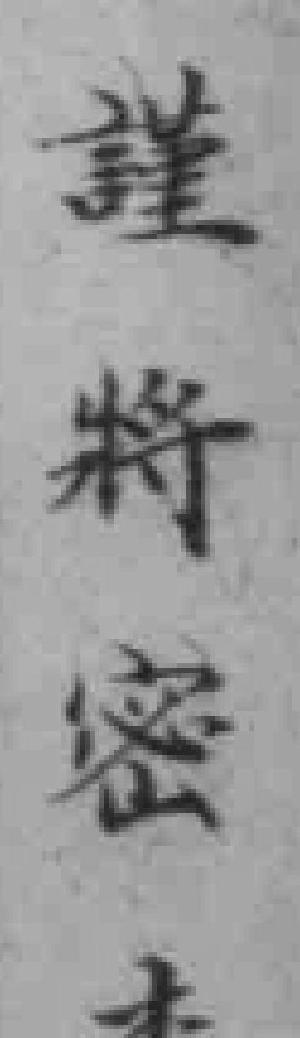
謹将密